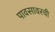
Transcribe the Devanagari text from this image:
पावसावरची